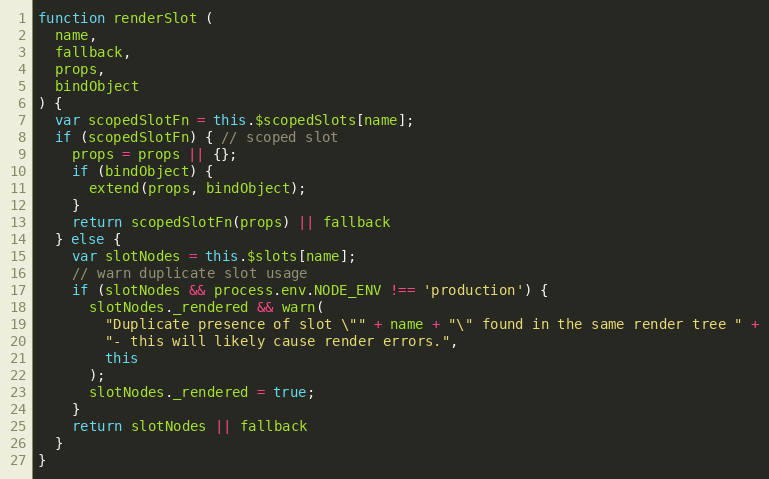
Language: JavaScript
function renderSlot (
  name,
  fallback,
  props,
  bindObject
) {
  var scopedSlotFn = this.$scopedSlots[name];
  if (scopedSlotFn) { // scoped slot
    props = props || {};
    if (bindObject) {
      extend(props, bindObject);
    }
    return scopedSlotFn(props) || fallback
  } else {
    var slotNodes = this.$slots[name];
    // warn duplicate slot usage
    if (slotNodes && process.env.NODE_ENV !== 'production') {
      slotNodes._rendered && warn(
        "Duplicate presence of slot \"" + name + "\" found in the same render tree " +
        "- this will likely cause render errors.",
        this
      );
      slotNodes._rendered = true;
    }
    return slotNodes || fallback
  }
}